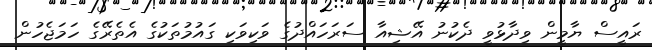
ރައީސް ޔާމީން ވިދާޅުވީ ދެކުނު އޭޝިއާ ސަރަހައްދުގެ ވަކިވަކި ގައުމުތަކުގެ އެތެރޭގެ ހަމަޖެހުން